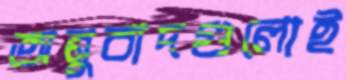
অনুবাদগুলোই